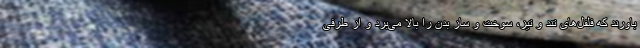
باورند که فلفل‌های تند و تیز، سوخت و ساز بدن را بالا می‌برد و از طرفی